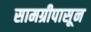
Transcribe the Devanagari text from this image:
सामग्रीपासून